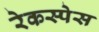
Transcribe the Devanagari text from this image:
रेकस्पेस